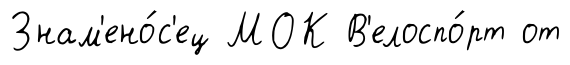
Знам'ено́с'ец МОК В'елоспо́рт от